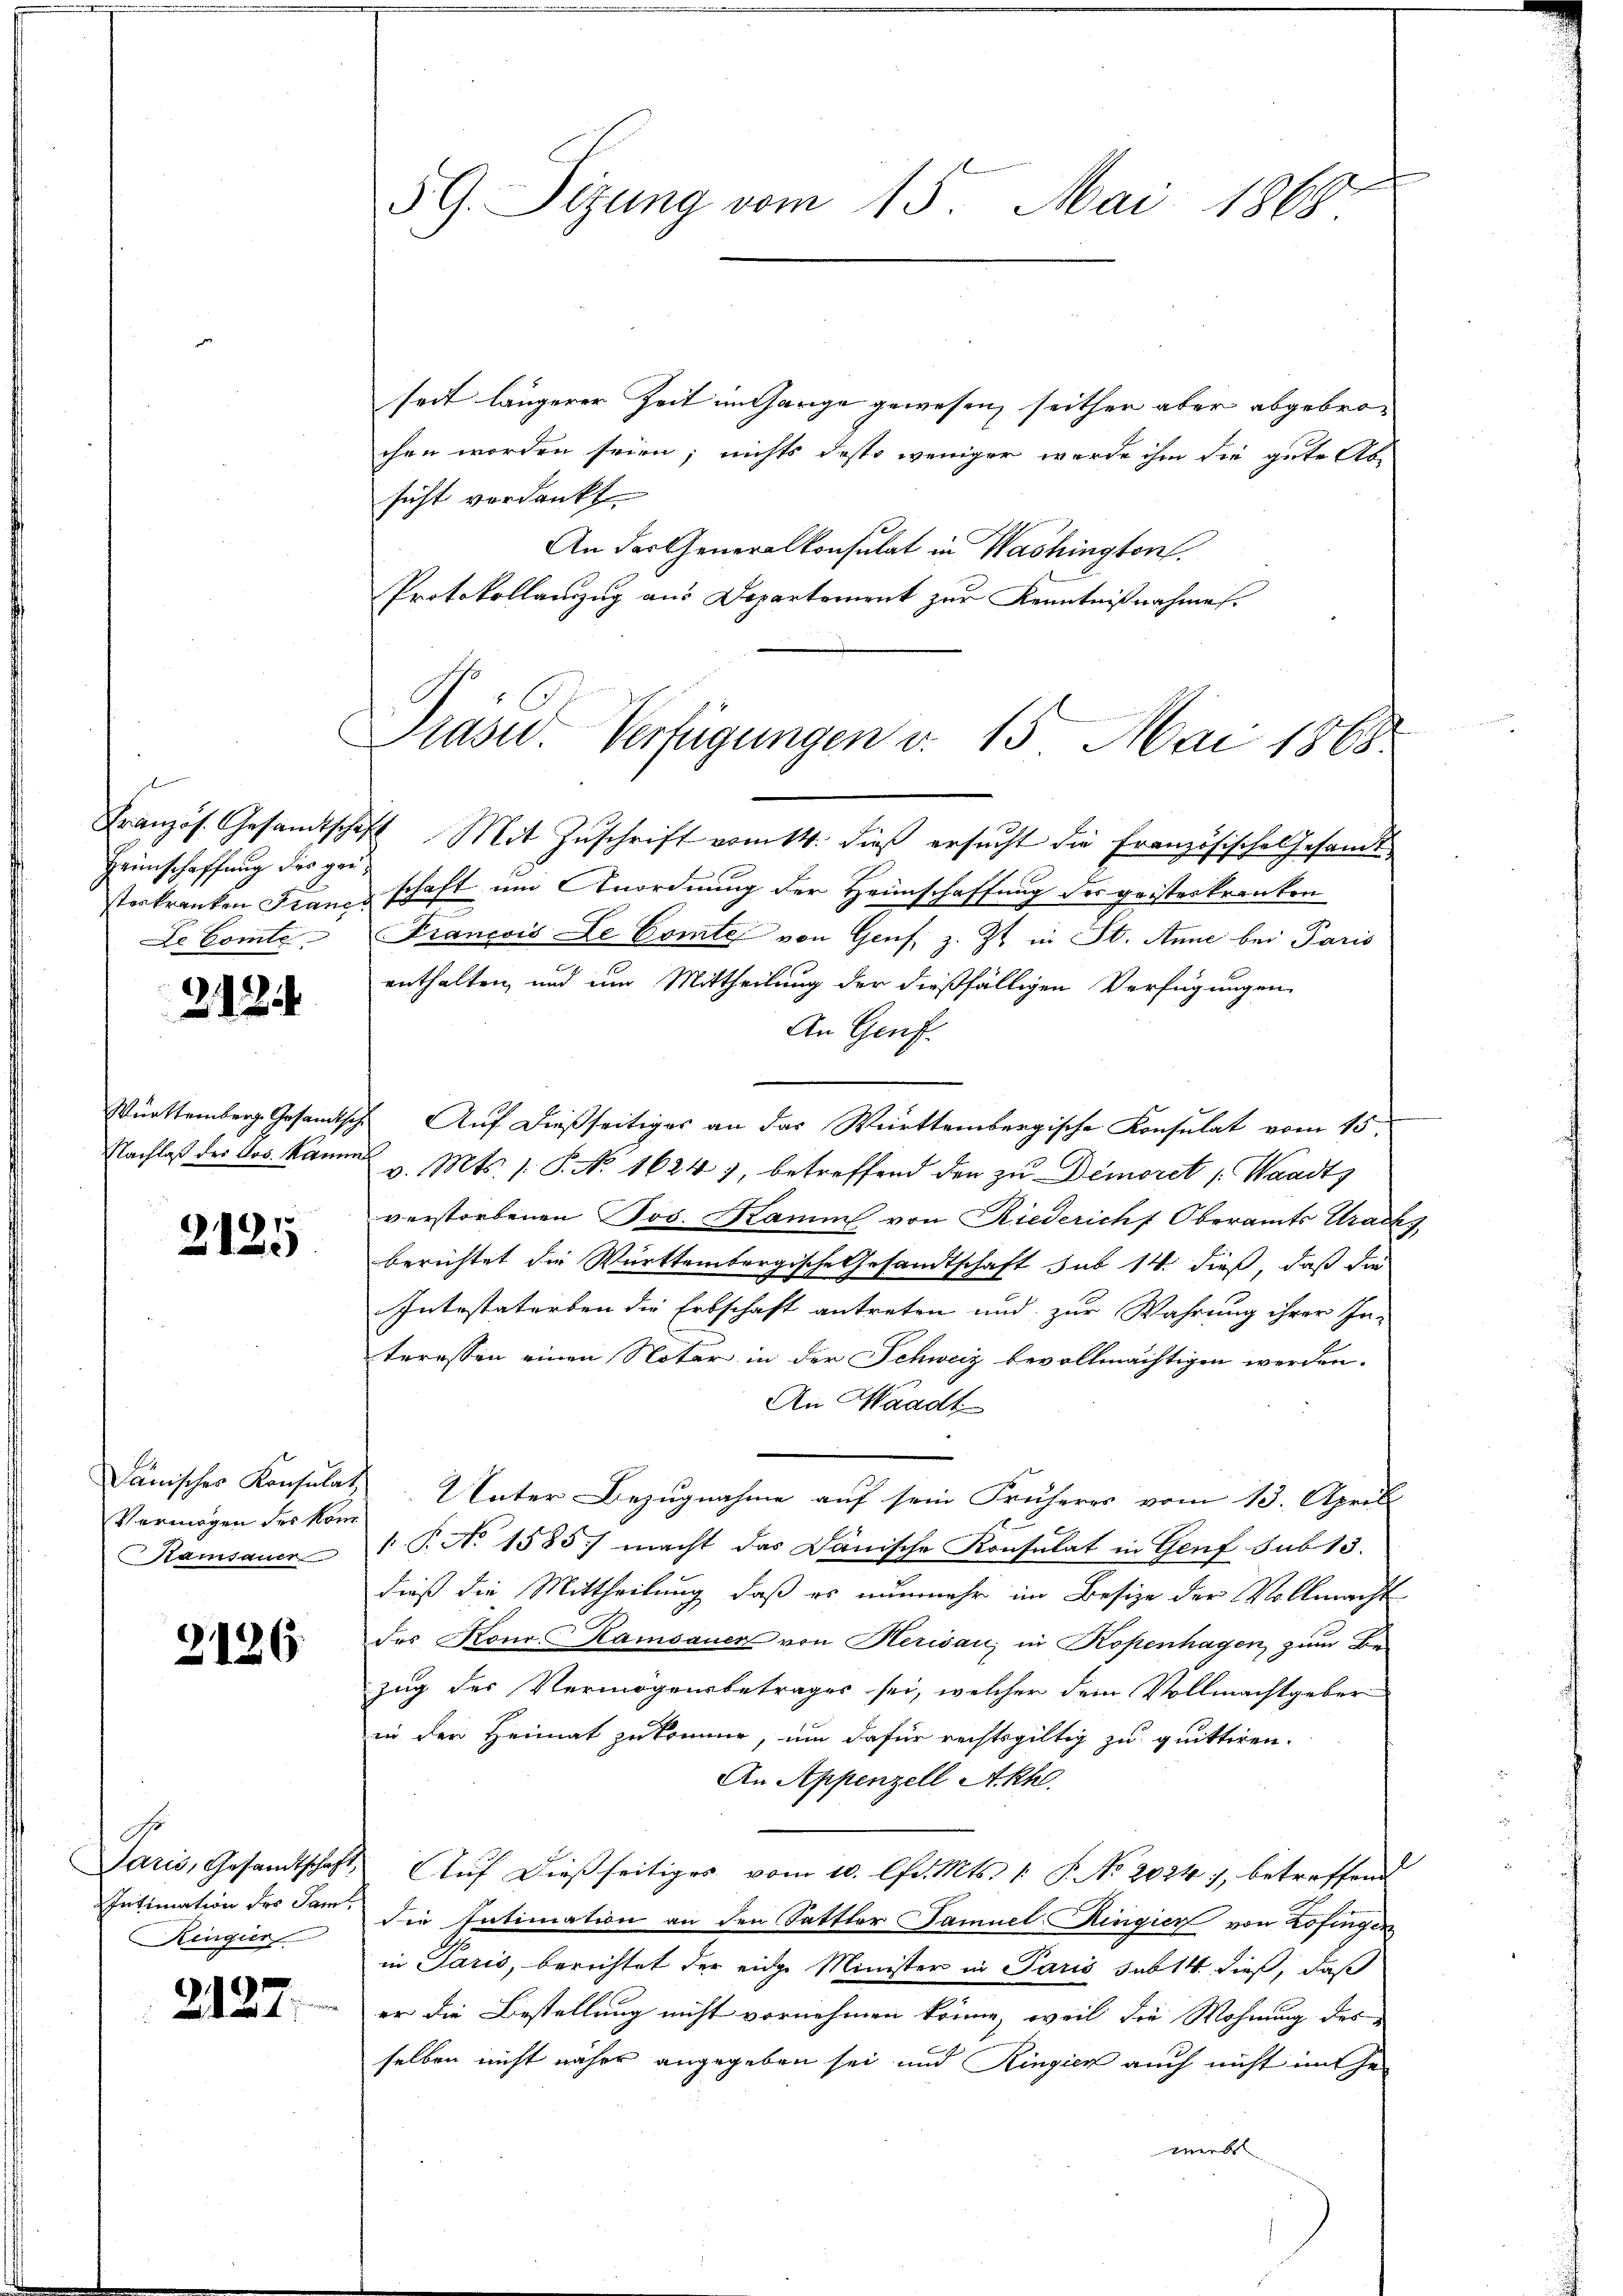
Französ. Gesandtsche,
Heimschaffung der geisteskranken Franc
De Comte

2125

Württemberg. Gesandtsche
Nachlaß des Jos. Kan

2125

dänisches Konsulat,
Vermögen des Kon
amsauer

2126

G.
Saris, Gesandtschaft,
Intimation des Saml
Ringier

1
21

5 G. Sitzung vom 15. Mai 1868.

seit längerer Zeit inhange gewesen, seithen aber abgebrochen worden seien; nichts desto weniger wurde ihm die gute Abe
sicht verdankt.
An der Generalkonsulat in Washington.
Protokollanzug aus Departement zur Kenntnißnahme.
7 Mit Zuschrift vom 14. dieß ersucht die Französische Gesamt
schaft um Anordnung der Heimschaffung des geisteskranken
Francois Le Comte von Genf, z. Zt. in St. Anne bei Paris
enthalten, und um Mittheilung der dießfälligen Verfügungen
An Genf.
Auf dießseitiges an das Württembergische Konsulat vom 15
v. Mts. /: P. No 1624), betreffend den zu Demorit Waadt,
verstorbenen Jos. Kamm von Riedericht Oberamts Track
berichtet die Württembergische Gesandtschaft sub 14. dieß, daß die
Intestatorben die Erbschaft antreten und zur Wahrung ihrer In-
teressen einen Noter in der Schweiz bevollmächtigen werden.
An Waadt
Unter Bezugnahme auf sein Früheres vom 13. April
P.P. No 1585) macht das Dänische Konsulat in Genf sub 13.
dieß die Mittheilung, daß es nunmehr im Besize der Vollmacht
des Konr. Ramsauer von Herisau, in Kopenhagen zum Be-
zug des Vermögensbetrages sei, welcher dem Vollmachtgeber
in den Heimat zukomme, um dafür rechtsgültig zu quittiren.
An Appenzell Akh.
Auf dießseitiges vom 10. lfd. Mts. 1 P. No. 2024), betreffend
die Intimation an den Sattler Famuel-Ringier von Zofingen
in Paris, berichtet der eidge Minister in Paris sub 14 dieß, daß
er die Bestellung nicht vornehmen könne, weil die Wohnung des
e
selben nicht näher angegeben sei und Ringier auch nicht mit Gewerbs

Prasw. Verfügungen v. 15. Mai 1868.